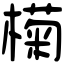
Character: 𣚭